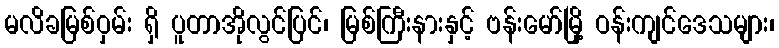
မလိခမြစ်ဝှမ်း ရှိ ပူတာအိုလွင်ပြင်၊ မြစ်ကြီးနားနှင့် ဗန်းမော်မြို့ ဝန်းကျင်ဒေသများ၊